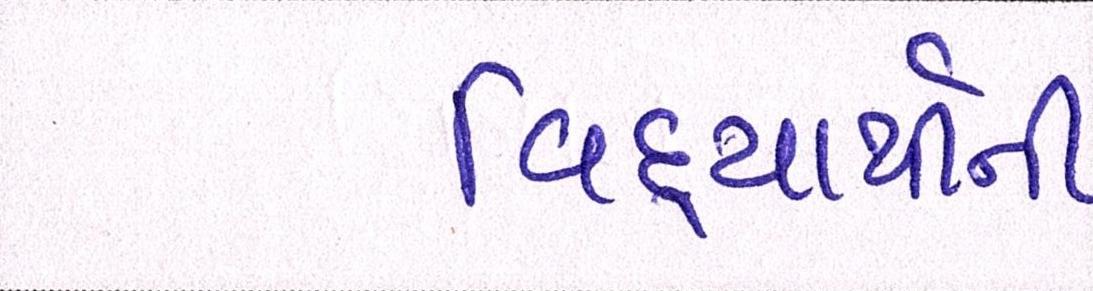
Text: વિદ્યાર્થીની